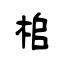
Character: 桘